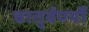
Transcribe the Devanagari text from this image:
चातुर्वर्ण्यों